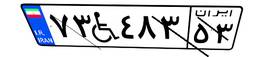
۷۳W۴۸۳۵۳